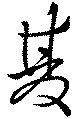
夏